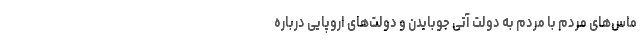
ماس‌های مردم با مردم به دولت آتی جوبایدن و دولت‌های اروپایی درباره